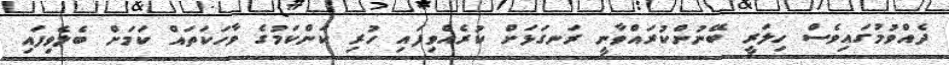
ދެއްވުމުގައިވެސް ހިލަރީ ބޭނުންކުރައްވާނީ ރަނގަޅަށް ކުރެއްވިފައި ހުރި ކަންކަމުގެ ވާހަކަތައް ކަމަށް ބެލެވިފައި